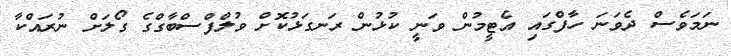
ނަމަވެސް ދެވަނަ ހާފްގައި އެޓީމުން ވަނީ ކުޅުން ރަނގަޅުކޮށް ވުލްފްސްބާގްގެ ގޯލަށް ނުރައްކާ